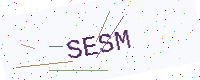
Text: SESM